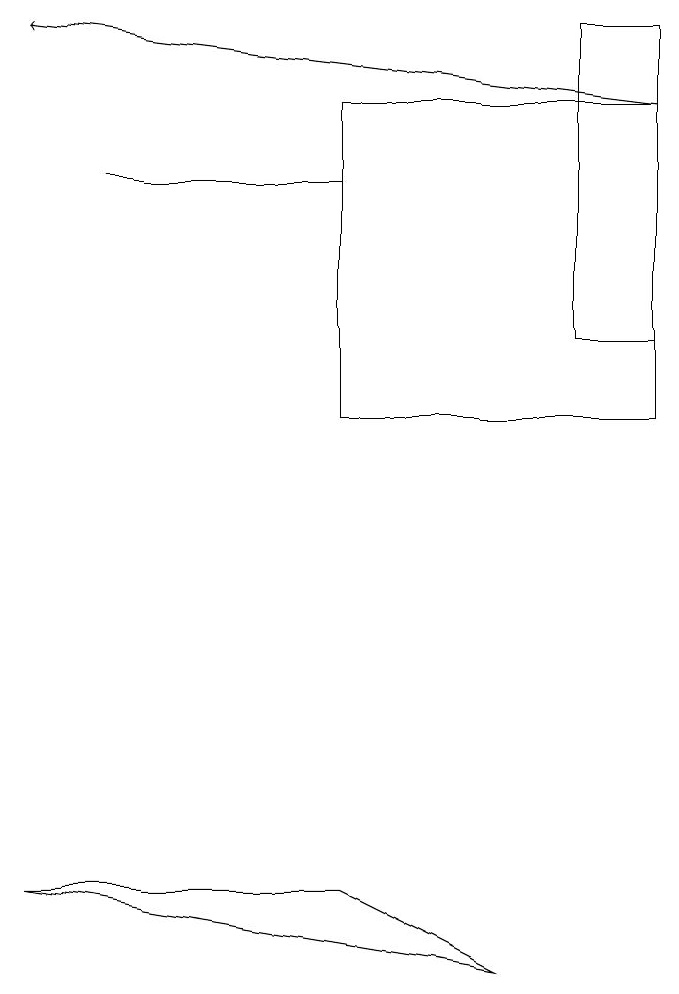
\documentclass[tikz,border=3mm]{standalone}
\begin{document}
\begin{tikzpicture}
\draw (0,4) -- (4,4) -- (6,3) -- cycle;
\draw[->] (8,14) -- (0,15);
\draw (7,15) rectangle (8,11);
\draw (1,13) rectangle (4,13);
\draw (8,10) rectangle (4,14);
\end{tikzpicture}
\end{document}